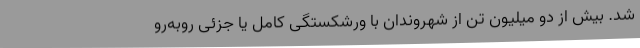
شد. بیش از دو میلیون تن از شهروندان با ورشکستگی کامل یا جزئی روبه‌رو